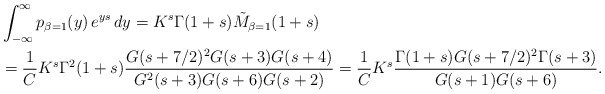
\begin{align*}&\int_{-\infty}^{\infty} p_{\beta=1}(y)\,e^{ys}\, dy=K^{s}\Gamma(1+s) \tilde{M}_{\beta=1}(1+s) \\ &= \frac{1}{C}K^{s}\Gamma^2(1+s) \frac{G(s+7/2)^{2}G(s+3)G(s+4)}{G^2(s+3)G(s+6)G(s+2)}=\frac{1}{C}K^{s}\frac{\Gamma(1+s)G(s+7/2)^{2}\Gamma(s+3)}{G(s+1)G(s+6)} .\end{align*}